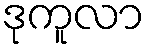
ဒုကူလာ